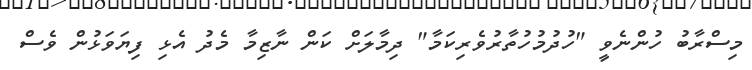
މިސްރާބު ހުންނެވީ "ހުދުމުހުތާރުވެރިކަމާ" ދިމާލަށް ކަން ނާޒިމާ މެދު އެޅި ފިޔަވަޅުން ވެސް